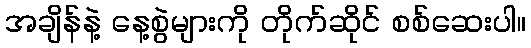
အချိန်နဲ့ နေ့စွဲများကို တိုက်ဆိုင် စစ်ဆေးပါ။